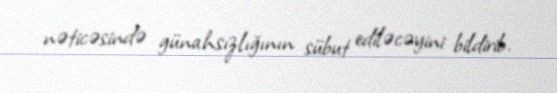
nəticəsində günahsızlığının sübut ediləcəyini bildirib.